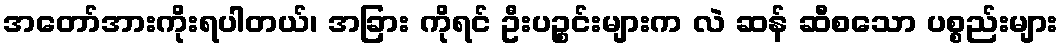
အတော်အားကိုးရပါတယ်၊ အခြား ကိုရင် ဦးပဉ္စင်းများက လဲ ဆန် ဆီစသော ပစ္စည်းများ